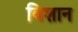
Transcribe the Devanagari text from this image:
विशान